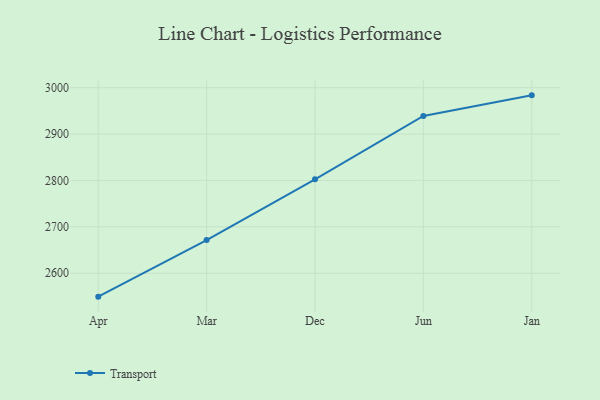
{"axis": {"x": "Month", "y": "Population (Million)"}, "legend": ["Transport"], "data": [{"x": "Apr", "y": 2549.6, "type": "Transport"}, {"x": "Mar", "y": 2671.6, "type": "Transport"}, {"x": "Dec", "y": 2802.4, "type": "Transport"}, {"x": "Jun", "y": 2939.0, "type": "Transport"}, {"x": "Jan", "y": 2983.4, "type": "Transport"}]}